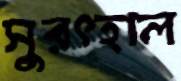
সুরৎহাল